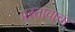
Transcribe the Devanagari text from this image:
प्रस्तावाचा